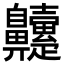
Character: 𮮹